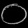
Digit: ၀